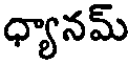
ధ్యానమ్